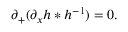
\partial _ { + } ( \partial _ { x } h * h ^ { - 1 } ) = 0 .